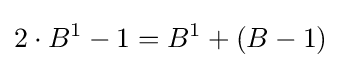
2\cdot B^{1}-1=B^{1}+(B-1)